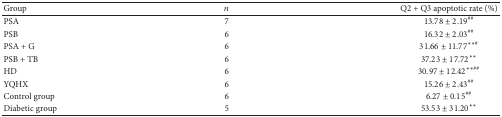
<table><thead><tr><td><b>Group</b></td><td><b><i>n</i></b></td><td><b>Q2 + Q3 apoptotic rate (%)</b></td></tr></thead><tbody><tr><td>PSA</td><td>7</td><td>13.78 ± 2.19<sup>##</sup></td></tr><tr><td>PSB</td><td>6</td><td>16.32 ± 2.03<sup>##</sup></td></tr><tr><td>PSA + G</td><td>6</td><td>31.66 ± 11.77<sup><i>∗∗</i>#</sup></td></tr><tr><td>PSB + TB</td><td>6</td><td>37.23 ± 17.72<sup><i>∗∗</i></sup></td></tr><tr><td>HD</td><td>6</td><td>30.97 ± 12.42<sup><i>∗∗</i>##</sup></td></tr><tr><td>YQHX</td><td>6</td><td>15.26 ± 2.43<sup>##</sup></td></tr><tr><td>Control group</td><td>6</td><td>6.27 ± 0.15<sup>##</sup></td></tr><tr><td>Diabetic group</td><td>5</td><td>53.53 ± 31.20<sup><i>∗∗</i></sup></td></tr></tbody></table>